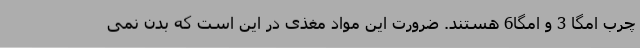
چرب امگا 3 و امگا6 هستند. ضرورت این مواد مغذی در این است که بدن نمی